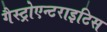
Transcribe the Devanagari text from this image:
गैस्ट्रोएन्टराइटिस